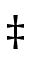
\ddagger